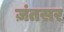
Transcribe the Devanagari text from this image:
ज़ंतसर